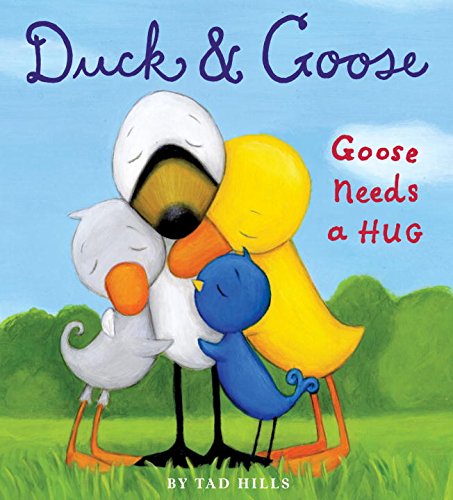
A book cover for Duck & Goose, Goose Needs a Hug; Tad Hills; Children's Books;